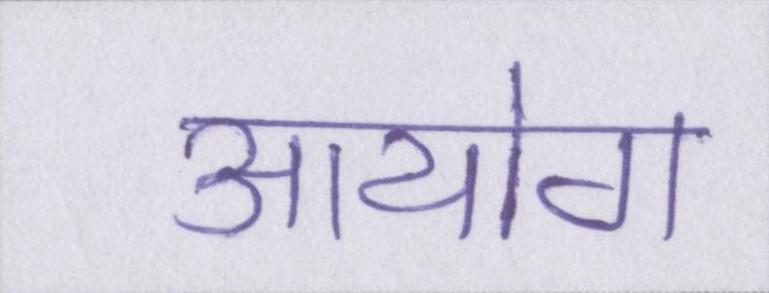
आयोग